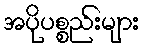
အပိုပစ္စည်းများ